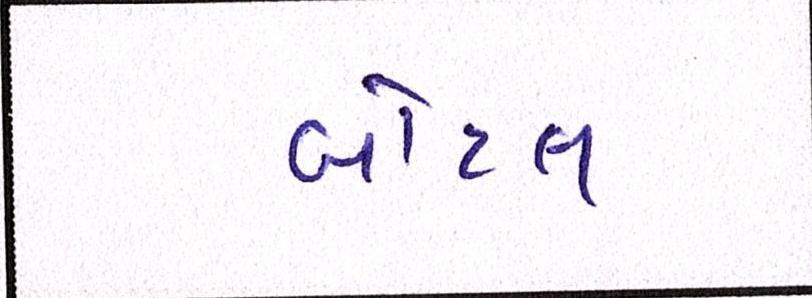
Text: બોટલ